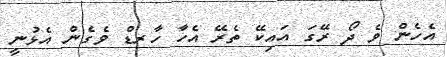
އެހެން ވެ ދޯ ރޭގަ އައިކޭ ތެރޭ އެހާ ހާރޑް ވެގެން އެޅުނީ